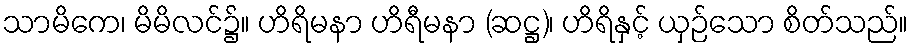
သာမိကေ၊ မိမိလင်၌။ ဟိရိမနာ ဟိရီမနာ (ဆဋ္ဌ)၊ ဟိရိနှင့် ယှဉ်သော စိတ်သည်။